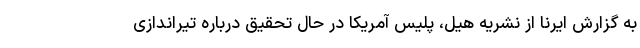
به گزارش ایرنا از نشریه هیل، پلیس آمریکا در حال تحقیق درباره تیراندازی